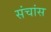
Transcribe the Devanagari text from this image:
संचांस